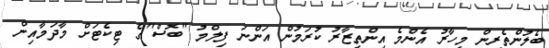
ބެލުންތެރިން މިހާރު އެންމެ އިންތިޒާރު ކުރަމުން އަންނަ ފިލްމު "ބޮސް"ގެ ޓިކެޓަށް މާދަމާއިން